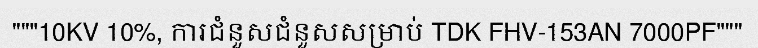
"""10KV 10%, ការជំនួសជំនួសសម្រាប់ TDK FHV-153AN 7000PF"""